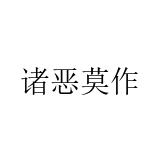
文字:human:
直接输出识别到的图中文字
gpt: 诸恶莫作